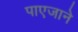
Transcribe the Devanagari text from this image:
पाएजाने